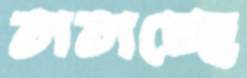
তাতাচ্ছে